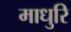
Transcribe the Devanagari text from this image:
माधुरि